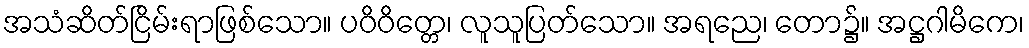
အသံဆိတ်ငြိမ်းရာဖြစ်သော။ ပဝိဝိတ္တေ၊ လူသူပြတ်သော။ အရညေ၊ တော၌။ အဋ္ဌဂါမိကေ၊